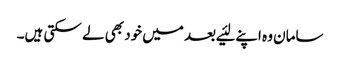
سامان وہ اپنے لئیے بعد میں‌خود بھی لے سکتی ہیں۔